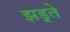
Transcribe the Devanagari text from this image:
झड़्ते